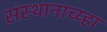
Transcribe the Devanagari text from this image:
संस्थानाच्य्हा